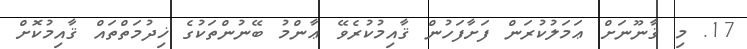
17. މި ޤާނޫނަށް ޢަމަލުކުރަން ފަށާފަހުން ޤާއިމުކުރެވޭ ޢާންމު ބޭނުންތަކުގެ ޚިދުމަތްތައް ޤާއިމުކޮށް